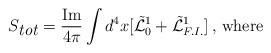
LaTeX: \begin{align*}S_{\mbox{\em tot}} = \frac{\mbox{Im}}{4\pi}\int d^4x [\tilde{{\cal L}}^1_0+\tilde{{\cal L}}^1_{F.I.}]\, , \, \mbox{where}\end{align*}